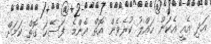
އަދި އެއީ އެކަން ހައްލު ކުރެވެން އޮތް އެންމެ ފަސޭހަ ގޮތް ކަމަށް